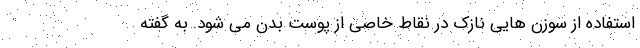
استفاده از سوزن هایی نازک در نقاط خاصی از پوست بدن می شود. به گفته